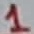
Text: 1